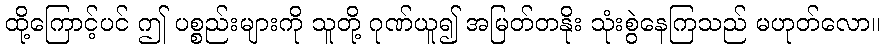
ထို့ကြောင့်ပင် ဤ ပစ္စည်းများကို သူတို့ ဂုဏ်ယူ၍ အမြတ်တနိုး သုံးစွဲနေကြသည် မဟုတ်လော။